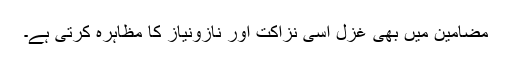
مضامین میں بھی غزل اُسی نزاکت اور نازونیاز کا مظاہرہ کرتی ہے۔